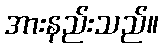
အားနည်းသည်။